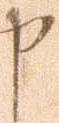
申